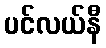
ပင်လယ်နီ